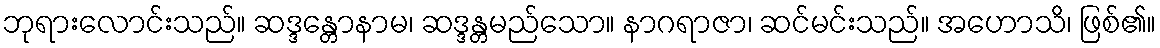
ဘုရားလောင်းသည်။ ဆဒ္ဒန္တောနာမ၊ ဆဒ္ဒန္တမည်သော။ နာဂရာဇာ၊ ဆင်မင်းသည်။ အဟောသိ၊ ဖြစ်၏။